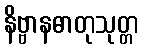
နိဗ္ဗာနဓာတုသုတ္တ